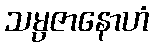
သမ္ပဇာနောဟံ